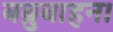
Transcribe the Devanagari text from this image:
बब्रुबाहन।